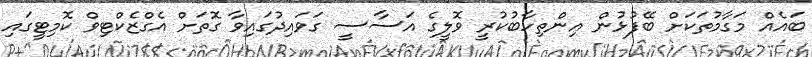
ބައެއް މަގާމުތަކަށް ބޭފުޅުން އިންތިހާބުކުރީ ވޮލީގެ އަސާސީ ގަވައިދުގައިވާ ގޮތަށް އެގްޒެކްޓިވް ކޮމިޓީގައި